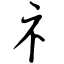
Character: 礻